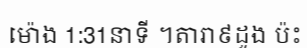
ម៉ោង 1:31នាទី ។តារា៩ដួង ប៉ះ